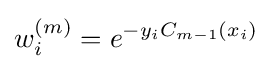
w_{i}^{(m)}=e^{-y_{i}C_{m-1}(x_{i})}